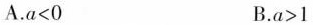
A.a<0 B.a>1